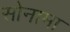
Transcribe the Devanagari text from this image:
सोनामा